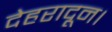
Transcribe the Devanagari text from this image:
देहरादून।